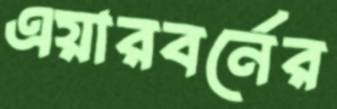
এয়ারবর্নের